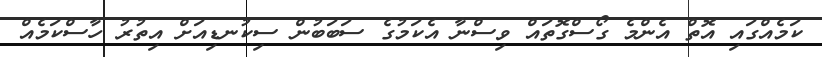
ކަމެއްގައި އޮތް އެންމެ ގޯސްގޮތައް ވިސްނާ އެކަމުގެ ސަބަބުން ސިކުނޑިއަށް އިތުރު ހާސްކަމެއް